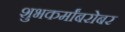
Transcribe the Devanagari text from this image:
शुभकर्मांबरोबर